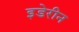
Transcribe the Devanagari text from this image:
इडेरीन